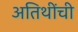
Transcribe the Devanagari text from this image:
अतिथींची